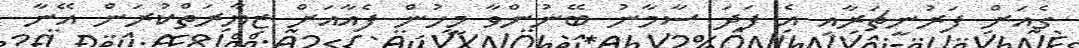
ގެއަށް ފަރުނީޗަރާއި އެ ފަދަ ސާމާނު ބޭނުންވާ މީހުން ފެއާއަށް ޒިޔާރަތްކުރަން އޭނާ